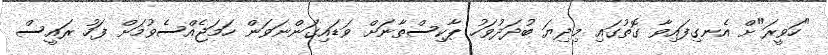
"ހަވީރަ"ށް އެނގިފައިވާ ގޮތުގައި މިދިޔަ ބުދަދުވަހު ޕާކިސްތާނަށް ވަޑައިގަންނަވަން ހަމަޖެއްސެވުމަށް ފަހު ރައީސް